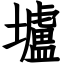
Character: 壚